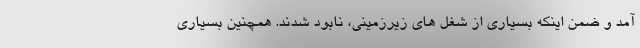
آمد و ضمن اینکه بسیاری از شغل های زیرزمینی، نابود شدند. همچنین بسیاری